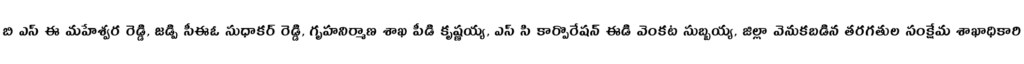
బి ఎస్ ఈ మహేశ్వర రెడ్డి, జడ్పి సీఈఓ సుధాకర్ రెడ్డి, గృహనిర్మాణ శాఖ పీడి కృష్ణయ్య, ఎస్ సి కార్పొరేషన్ ఈడి వెంకట సుబ్బయ్య, జిల్లా వెనుకబడిన తరగతుల సంక్షేమ శాఖాధికారి